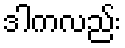
ဒါကလည်း